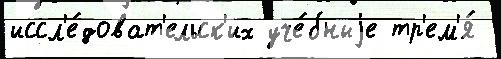
иссл'е́доват'ельск'их уче́бныjе тр'ем'я́